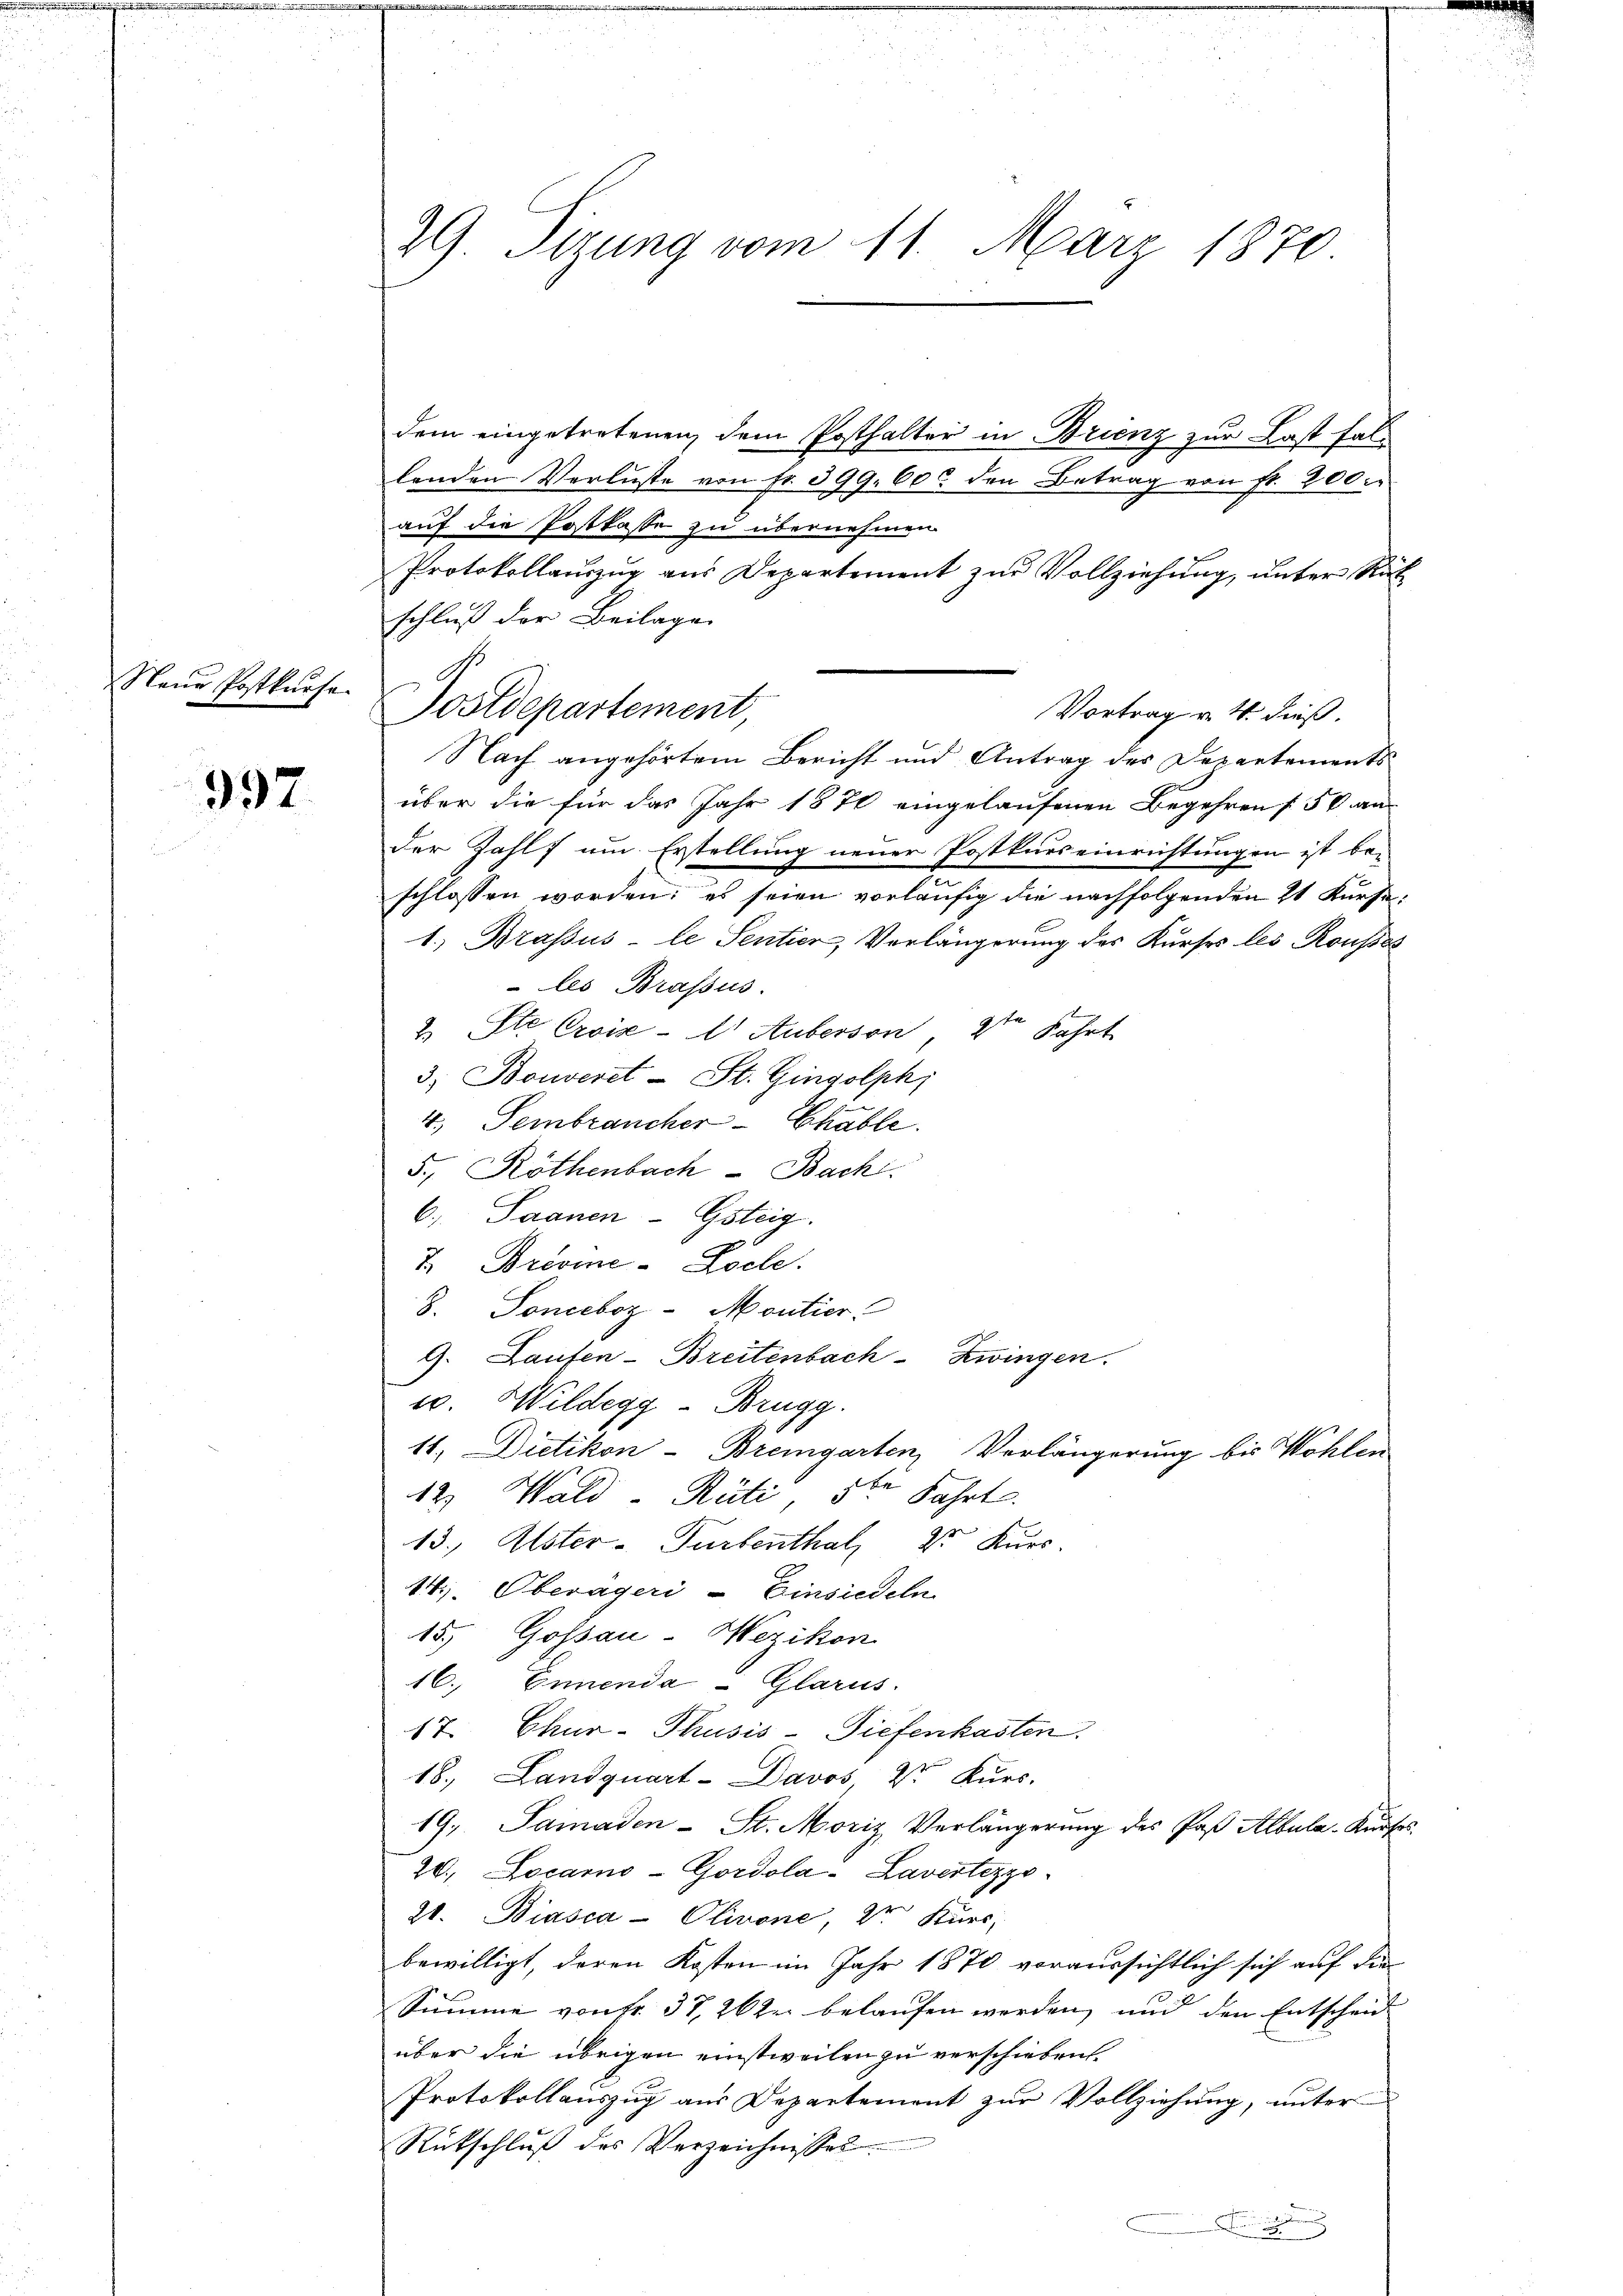
Neue Postkurse.

997.

29. Sizung vom 11. März 1870

Postdepartement

dem eingetretenen dem Posthalter in Brienz zur Last fallenden Verluste von Fr. 399. 60 den Betrag von fr. 200.
auf die Postkasse zu übernehmen.
Protokollauszug aus Departement zur Vollziehung, unter Ri
schluß der Beilage
Nach angehörtem Bericht und Antrag des Departements
über die für das Jahr 1870 eingelaufenen Begehren 50 an
der Zahl um Erstellung neuer Postkurs einrichtungen ist be-
schlossen worden: es seien vorläufig die nachfolgenden 21 Kurse
1) Brassus-le Sentier, Verlängerung des Kurses les Rousses
 les Brassus.
2. Ste Croiz - Auberson 2ten Fahrt
3) Bouveret - St. Gingolph,
4. Sembrancher Chable.
5., Röthenbach - Bach
6., Saanen-Gsteig.
7. Briome-Loche.
8. Sonceboz-Montier
9. Laufen-Breitenbach-Zwingen.
u. Wildegg - Brugg.
11. Dietikon-Bremgarten Verlängerung bis Wohlen
12. Wald - Rüti 5ten Fahrt.
13. Alster - Turbenthal, Dr. Kurs.
14. Oberägeri - Einsiedeln
15., Gossau-Wezikon
16. Ennenda - Glarus.
17. Chur-Thusis-Tiefenkasten.
18., Landquart-Davos 2r Kurs.
19. Paraden - St. Moriz Verlängerung des Paß Albula-Kurf
20. Locarno-Gordola-Lavertezzo¬
21. Biasca - Olivone, Dr. Kurs,
bewilligt, deren Kosten im Jahr 1870 voraussichtlich sich auf die
Summe von Nr. 37, 262 belaufen werden, und den Entscheid
über die übrigen einstweilen zu verschieben.
Protokollauszug aus Departement zur Vollziehung, unter
Rückschlŭβ des Verzeichnisses
.

Vortrag v. 4. dieß.